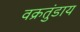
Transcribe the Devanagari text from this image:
वक्रतुंडाय